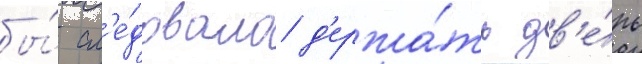
бы́ сл'е́довало д'ержа́ть дв'е́рь